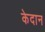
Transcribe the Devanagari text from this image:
केदान